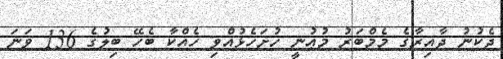
ދެކުނު ދާއިރާގެ މެމްބަރު މުޢުނީ ހުށަހެޅުއްވި ހެއްކާ ބެހޭ ބިލުގެ 136 ވަނަ